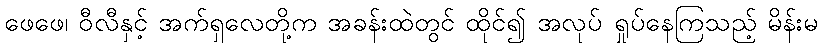
ဖေဖေ၊ ဝီလီနှင့် အက်ရှလေတို့က အခန်းထဲတွင် ထိုင်၍ အလုပ် ရှုပ်နေကြသည့် မိန်းမ